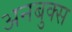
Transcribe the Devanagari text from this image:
अनबुक्स